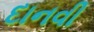
દાનવી